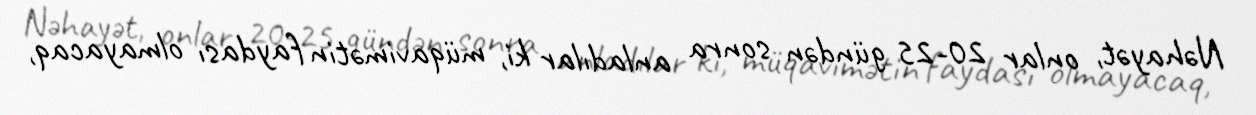
Nəhayət, onlar 20-25 gündən sonra anladılar ki, müqavimətin faydası olmayacaq,